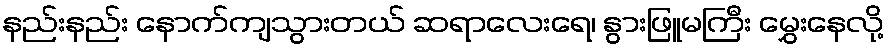
နည်းနည်း နောက်ကျသွားတယ် ဆရာလေးရေ၊ နွားဖြူမကြီး မွှေးနေလို့